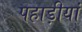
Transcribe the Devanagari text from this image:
पहाड़ीयां